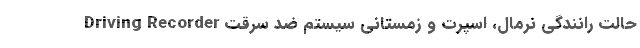
Driving Recorder حالت رانندگی نرمال، اسپرت و زمستانی سیستم ضد سرقت